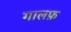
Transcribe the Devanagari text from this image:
गालफ़